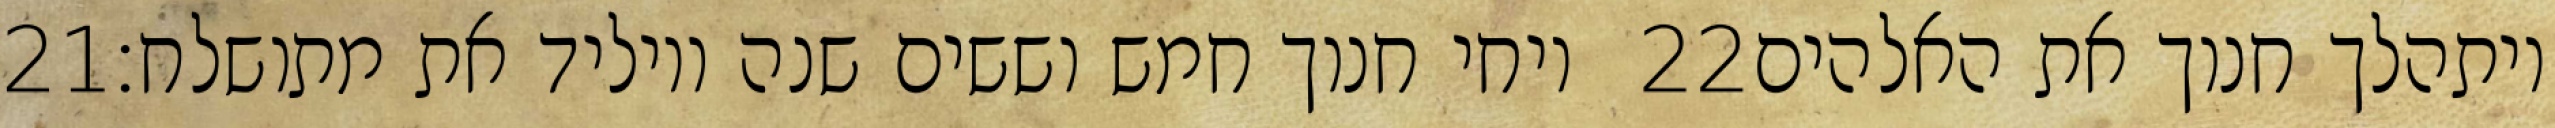
‎21‏ ויחי חנוך חמש וששים שנה ויוליד את מתושלח׃ ‎22‏ ויתהלך חנוך את האלהים